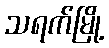
သရက်မြို့